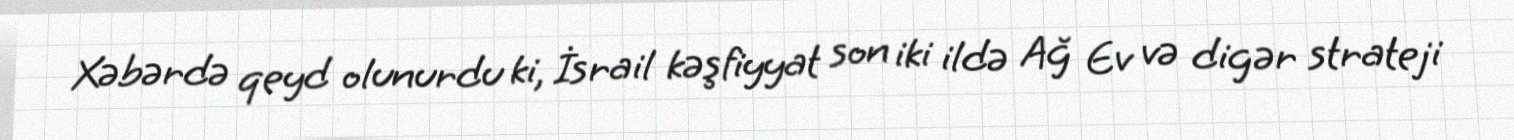
Xəbərdə qeyd olunurdu ki, İsrail kəşfiyyat son iki ildə Ağ Ev və digər strateji